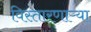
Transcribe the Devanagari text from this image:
विस्तारणाऱ्या